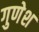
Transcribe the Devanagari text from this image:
गुणेश